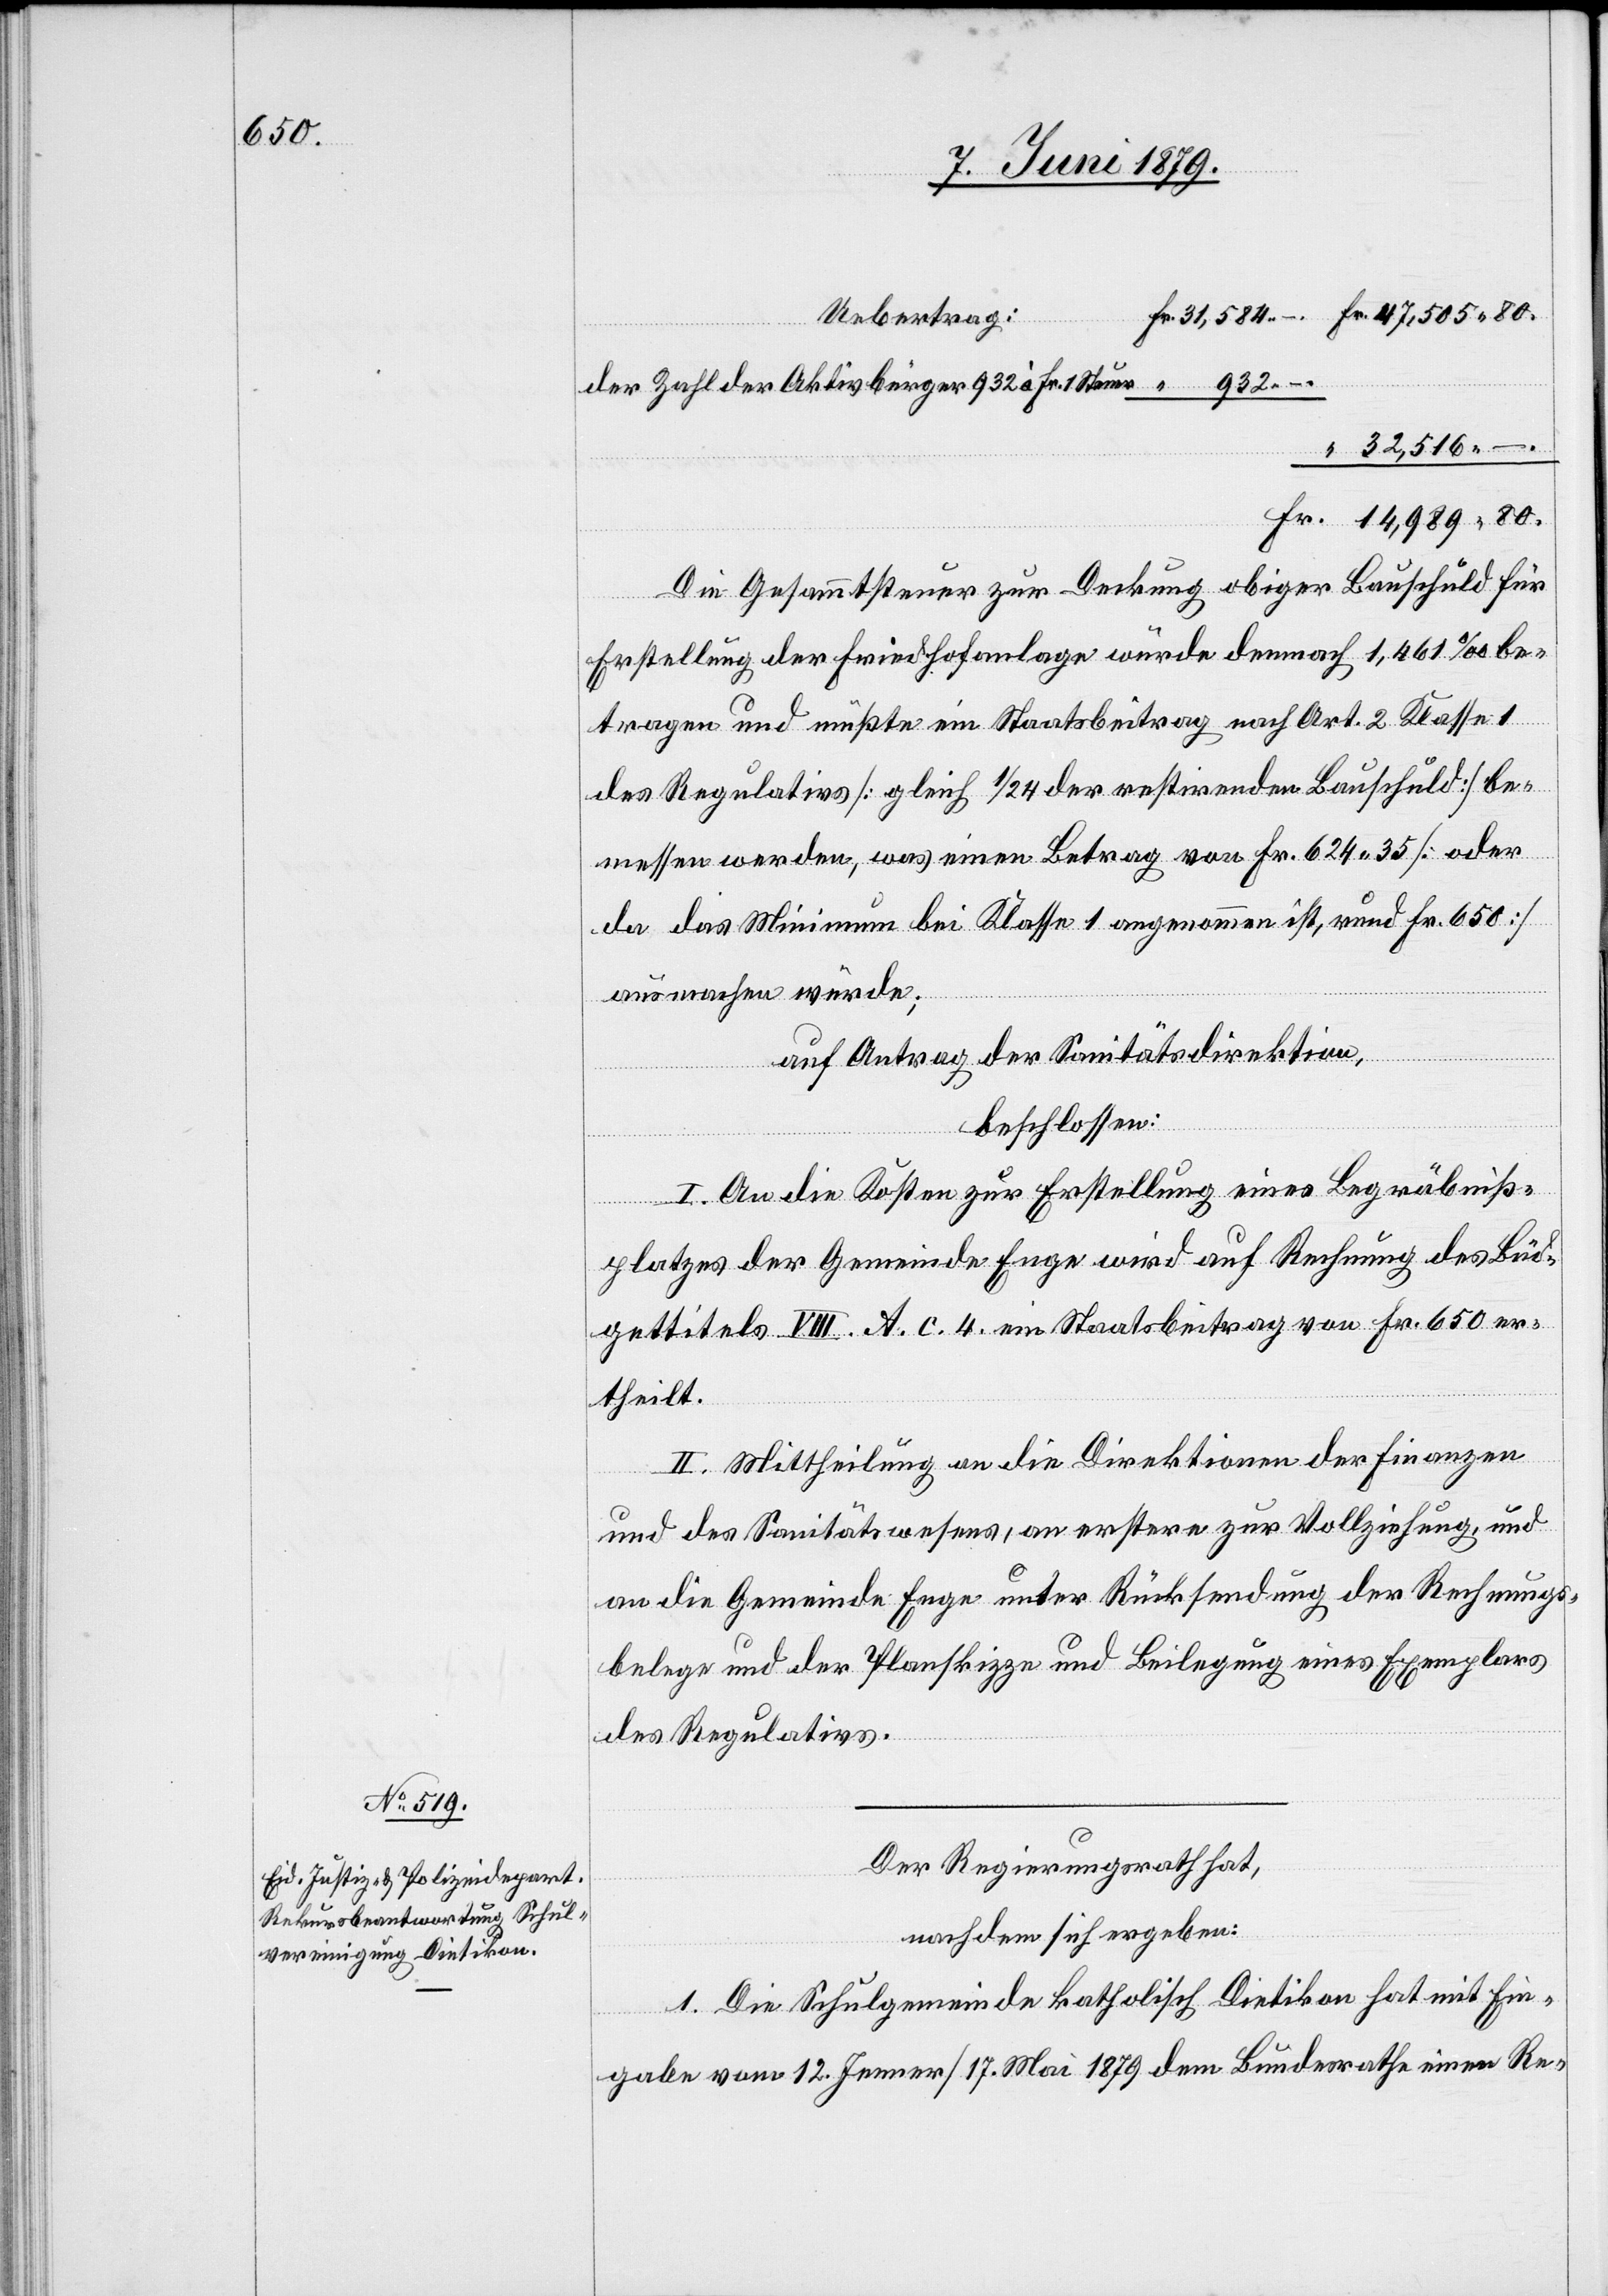
Uebertrag:
80.
der Zahl der Aktivbürger 932 à Fr. 1 Steuer
32,516
Die Gesammtsteuer zur Deckung obiger Bauschuld für
Erstellung der Friedhofanlage würde demnach 1,461‰ be¬
tragen und müßte ein Staatsbeitrag nach Art. 2 Klasse 1
des Regulativs [gleich 1/24 der restirenden Bauschuld] be¬
messen werden, was einen Betrag von Fr. 624 35 [oder
da das Minimum bei Klasse 1 angenommen ist, rund Fr. 650]
ausmachen würde;
auf Antrag der Sanitätsdirektion,
beschlossen:
I. An die Kosten zur Erstellung eines Begräbniß¬
platzes der Gemeinde Enge wird auf Rechnung des Büd¬
gettitels VIII. A. c. 4. ein Staatsbeitrag von Fr. 650 er¬
theilt.
II. Mittheilung an die Direktionen der Finanzen
und des Sanitätswesens, an erstere zur Vollziehung, und
an die Gemeinde Enge unter Rücksendung der Rechnungs¬
belege und der Planskizze und Beilegung eines Exemplars
–
des Regulativs.
Der Regierungsrath hat,
nachdem sich ergeben:
1. Die Schulgemeinde katholisch Dietikon hat mit Ein¬
gabe vom 12. Jenner/17. Mai 1879 dem Bundesrathe einen Re-